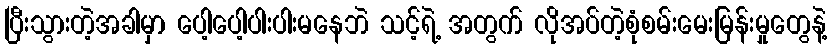
ပြီးသွားတဲ့အခါမှာ ပေါ့ပေါ့ပါးပါးမနေဘဲ သင့်ရဲ့ အတွက် လိုအပ်တဲ့စုံစမ်းမေးမြန်းမှုတွေနဲ့